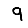
Digit: 9